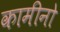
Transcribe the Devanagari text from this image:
कामीनो